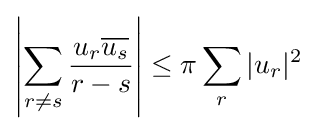
\left|\sum _{r\neq s}{\dfrac {u_{r}{\overline {u_{s}}}}{r-s}}\right|\leq \pi \displaystyle \sum _{r}|u_{r}|^{2}